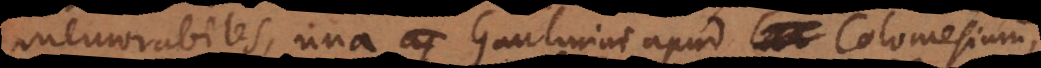
memorabiles, una Gaulmini apud Colomesium,